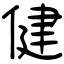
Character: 健